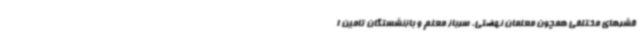
قشرهای مختلفی همچون معلمان نهضتی، سرباز معلم و بازنشستگان تامین ا